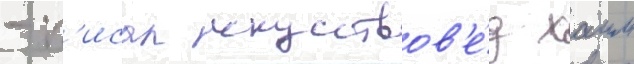
- п'исал искусствов'е́д хаим